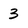
Character: 3